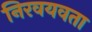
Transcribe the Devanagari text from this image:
निरवयवता